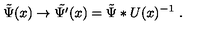
\tilde { \Psi } ( x ) \to \tilde { \Psi ^ { \prime } } ( x ) = \tilde { \Psi } * U ( x ) ^ { - 1 } \ .